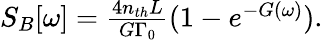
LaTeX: \begin{array}{r}{S_{B}[\omega]=\frac{4n_{th}L}{G\Gamma_{0}}(1-e^{-G(\omega)}).}\end{array}